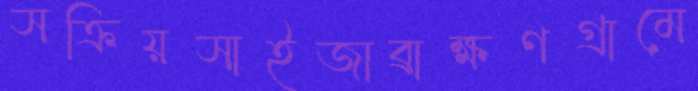
সক্রিয়সাইজাব্রাক্ষণগ্রামে